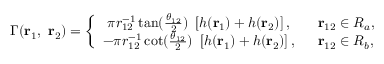
\Gamma ( { \bf r } _ { 1 } , ~ { \bf r } _ { 2 } ) = \left\{ \begin{array} { c l } { { \pi r _ { 1 2 } ^ { - 1 } \tan ( \frac { \theta _ { 1 2 } } { 2 } ) ~ \left[ h ( { \bf r } _ { 1 } ) + h ( { \bf r } _ { 2 } ) \right] , } } & { { ~ ~ { \bf r } _ { 1 2 } \in R _ { a } , } } \\ { { - \pi r _ { 1 2 } ^ { - 1 } \cot ( \frac { \theta _ { 1 2 } } { 2 } ) ~ \left[ h ( { \bf r } _ { 1 } ) + h ( { \bf r } _ { 2 } ) \right] , } } & { { ~ ~ { \bf r } _ { 1 2 } \in R _ { b } , } } \end{array} \right.